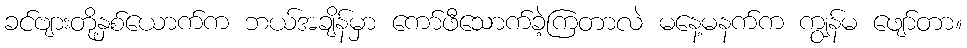
ခင်ဗျားတို့နှစ်ယောက်က ဘယ်အချိန်မှာ ကော်ဖီသောက်ခဲ့ကြတာလဲ မနေ့မနက်က ကျွန်မ ဖျော်တာ။